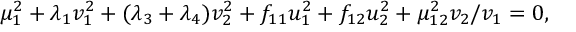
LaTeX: \mu _ { 1 } ^ { 2 } + \lambda _ { 1 } v _ { 1 } ^ { 2 } + ( \lambda _ { 3 } + \lambda _ { 4 } ) v _ { 2 } ^ { 2 } + f _ { 1 1 } u _ { 1 } ^ { 2 } + f _ { 1 2 } u _ { 2 } ^ { 2 } + \mu _ { 1 2 } ^ { 2 } v _ { 2 } / v _ { 1 } = 0 ,